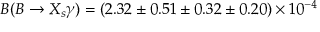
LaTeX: { \cal B } ( B \to X _ { s } \gamma ) = ( 2 . 3 2 \pm 0 . 5 1 \pm 0 . 3 2 \pm 0 . 2 0 ) \times 1 0 ^ { - 4 }